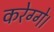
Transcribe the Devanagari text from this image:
करेग्गे।